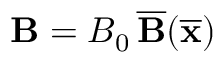
{ \bf B } = B _ { 0 } \, \overline { { \bf B } } ( \overline { { \bf x } } )